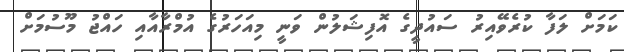
ކަމަށް ލަފާ ކުރެވޭއިރު ސައުދީގެ އޮފިޝަލުން ވަނީ މިއަހަރުގެ އުމްރާއާއި ހައްޖު މޫސުމަށް